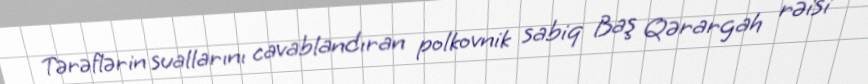
Tərəflərin suallarını cavablandıran polkovnik sabiq Baş Qərargah rəisi